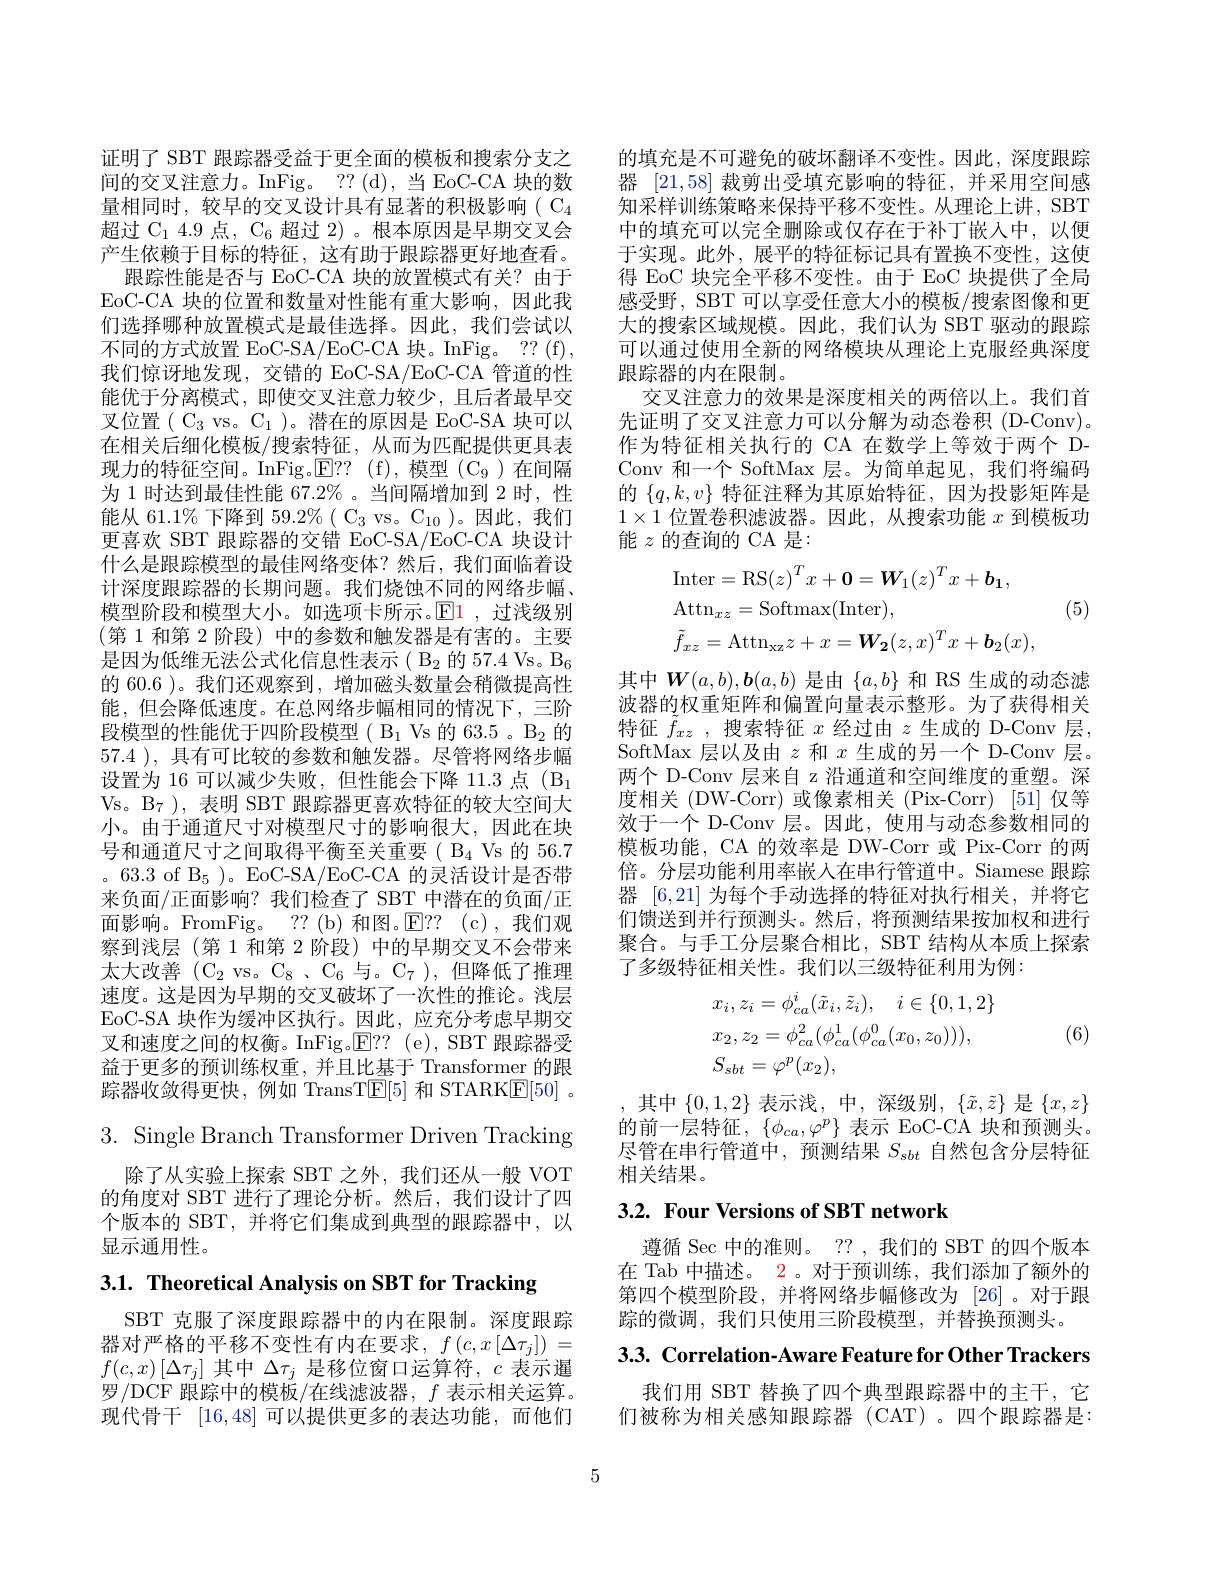
证明了 SBT 跟踪器受益于更全面的模板和搜索分支之间的交叉注意力。InFig。??(d),当 EoC-CA 块的数量相同时，较早的交叉设计具有显著的积极影响( C$_4$ 超过 C$_{1}$ 4.9 点，$\mathrm{C}_6$超过 2)。根本原因是早期交叉会产生依赖于目标的特征，这有助于跟踪器更好地查看。
跟踪性能是否与 EoC-CA 块的放置模式有关？由于EoC-CA 块的位置和数量对性能有重大影响，因此我们选择哪种放置模式是最佳选择。因此，我们尝试以不同的方式放置 EoC-SA/EoC-CA 块。InFig。?? (f), 我们惊讶地发现，交错的 EoC-SA/EoC-CA 管道的性能优于分离模式，即使交叉注意力较少，且后者最早交叉位置( C$_3$ vs。$\mathcal{C}_1$ )。潜在的原因是 EoC-SA 块可以在相关后细化模板/搜索特征，从而为匹配提供更具表现力的特征空间。InFig。$\mathbb{E} ? ?$ (f),模型(C$_9$)在间隔为 1 时达到最佳性能 67.2% 。当间隔增加到 2 时，性能从 61.1% 下降到 59.2%( C$_3$ vs。$\mathrm{C}_10)$。因此，我们更喜欢 SBT 跟踪器的交错 EoC-SA/EoC-CA 块设计什么是跟踪模型的最佳网络变体？然后，我们面临着设计深度跟踪器的长期问题。我们烧蚀不同的网络步幅、 模型阶段和模型大小。如选项卡所示。$\mathbb{E}\color{red}{1}$,过浅级别(第 1 和第 2 阶段) 中的参数和触发器是有害的。主要是因为低维无法公式化信息性表示( B$_2$的 57.4 Vs。B$_6$ 的 60.6 )。我们还观察到，增加磁头数量会稍微提高性能，但会降低速度。在总网络步幅相同的情况下，三阶段模型的性能优于四阶段模型( B$_1$ Vs 的 63.5 。B$_2$的57.4 ), 具有可比较的参数和触发器。尽管将网络步幅设置为 16 可以减少失败，但性能会下降 11.3 点 (B$_{1}$ Vs。B$_{7}$ ), 表明 SBT 跟踪器更喜欢特征的较大空间大小。由于通道尺寸对模型尺寸的影响很大，因此在块号和通道尺寸之间取得平衡至关重要( B$_4$ Vs 的 56.7 。63.3 of B5 )。EoC-SA/EoC-CA 的灵活设计是否带来负面/正面影响？我们检查了 SBT 中潜在的负面/正面影响。FromFig。??(b)和图。E?? $( c) $,我们观察到浅层 (第 1 和第 2 阶段) 中的早期交叉不会带来太大改善$(\mathrm{C}_{2}$ vs。$\mathrm{C}_{8}$ ,$\mathrm{C}_{6}$与。$\mathrm{C}_{7}$ ),但降低了推理速度。这是因为早期的交叉破坏了一次性的推论。浅层EoC-SA 块作为缓冲区执行。因此，应充分考虑早期交叉和速度之间的权衡。InFig.$\underline{\mathrm{E}}??$(e),SBT 跟踪器受益于更多的预训练权重，并且比基于 Transformer 的跟踪器收敛得更快，例如 TransT$\boxed{\mathrm{F}}[5]$和 STARKE[50] 。3. Single Branch Transformer Driven Tracking

除了从实验上探索 SBT 之外，我们还从一般 VOT 的角度对 SBT 进行了理论分析。然后，我们设计了四个版本的 SBT,并将它们集成到典型的跟踪器中，以显示通用性。

3.1. Theoretical Analysis on SBT for Tracking

SBT 克服了深度跟踪器中的内在限制。深度跟踪器对严格的平移不变性有内在要求，$f\left(c,x\left[\Delta\tau_j\right]\right)=$ $f(c,x)\left[\Delta\tau_j\right]$其中$\Delta\tau_j$是移位窗口运算符，$c$表示暹罗/DCF 跟踪中的模板/在线滤波器，$f$表示相关运算。现代骨干[16,48]可以提供更多的表达功能，而他们

的填充是不可避免的破坏翻译不变性。因此，深度跟踪器[21,58]裁剪出受填充影响的特征，并采用空间感知采样训练策略来保持平移不变性。从理论上讲，SBT 中的填充可以完全删除或仅存在于补丁嵌入中，以便于实现。此外，展平的特征标记具有置换不变性，这使得 EoC 块完全平移不变性。由于 EoC 块提供了全局感受野，SBT 可以享受任意大小的模板/搜索图像和更大的搜索区域规模。因此，我们认为 SBT 驱动的跟踪可以通过使用全新的网络模块从理论上克服经典深度跟踪器的内在限制。
交叉注意力的效果是深度相关的两倍以上。我们首先证明了交叉注意力可以分解为动态卷积(D-Conv)。作为特征相关执行的 CA 在数学上等效于两个 DConv 和一个 SoftMax 层。为简单起见，我们将编码的$\{q,k,v\}$特征注释为其原始特征，因为投影矩阵是$1\times1$位置卷积滤波器。因此，从搜索功能$x$到模板功能$z$的查询的 CA 是：
$$\begin{aligned}&\mathrm{Inter}=\mathrm{RS}(z)^{T}x+\mathbf{0}=\boldsymbol{W}_{1}(z)^{T}x+\boldsymbol{b}_{\mathbf{1}},\\&\mathrm{Attn}_{xz}=\mathrm{Softmax}(\mathrm{Inter}),\\&\tilde{f}_{xz}=\mathrm{Attn}_{\mathrm{xz}}z+x=\boldsymbol{W_{2}}(z,x)^{T}x+\boldsymbol{b_{2}}(x),\end{aligned}$$
(5)
其中$\boldsymbol{W}(a,b),\boldsymbol{b}(a,b)$是由$\{a,b\}$和 RS 生成的动态滤波器的权重矩阵和偏置向量表示整形。为了获得相关特征$f_xz$ ,搜索特征$x$经过由$z$生成的 D-Conv 层， SoftMax层以及由$z$和$x$生成的另一个 D-Conv 层。两个 D-Conv 层来自 z 沿通道和空间维度的重塑。深度相关(DW-Corr)或像素相关(Pix-Corr)[51]仅等效于一个 D-Conv 层。因此，使用与动态参数相同的模板功能，CA 的效率是 DW-Corr 或 Pix-Corr 的两倍。分层功能利用率嵌入在串行管道中。Siamese 跟踪器[6,21]为每个手动选择的特征对执行相关，并将它们馈送到并行预测头。然后，将预测结果按加权和进行聚合。与手工分层聚合相比，SBT 结构从本质上探索了多级特征相关性。我们以三级特征利用为例：
(6)
$$\begin{aligned}&x_{i},z_{i}=\phi_{ca}^{i}(\tilde{x}_{i},\tilde{z}_{i}),\quad i\in\{0,1,2\}\\&x_{2},z_{2}=\phi_{ca}^{2}(\phi_{ca}^{1}(\phi_{ca}^{0}(x_{0},z_{0}))),\\&S_{sbt}=\varphi^{p}(x_{2}),\end{aligned}$$
其中$\{0,1,2\}$表示浅，中，深级别$,\{\tilde{x},\tilde{z}\}$是$\{x,z\}$ 的前一层特征，$\{\phi_ca,\varphi^p\}$表示 EoC-CA 块和预测头。尽管在串行管道中，预测结果$S_sbt$自然包含分层特征相关结果。

## $3. 2. \textbf{ Four Versions of SBT network}$

遵循 Sec 中的准则。?? , 我们的 SBT 的四个版本在 Tab 中描述。2。对于预训练，我们添加了额外的第四个模型阶段，并将网络步幅修改为[26]。对于跟踪的微调，我们只使用三阶段模型，并替换预测头。

3.3. Correlation-Aware Feature for Other Trackers

我们用 SBT 替换了四个典型跟踪器中的主干，它们被称为相关感知跟踪器 (CAT)。四个跟踪器是：

5